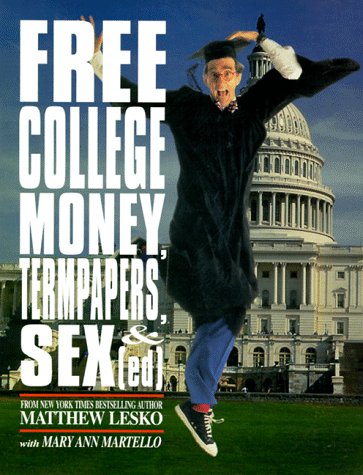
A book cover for Free College Money, Term Papers, and Sex Ed; Matthew Lesko; Education & Teaching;